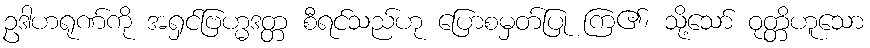
ဥဒါဟရုဏ်ကို အရှင်ဗြဟ္မဒတ္တ စီရင်သည်ဟု ပြောစမှတ်ပြု ကြ၏၊ သို့သော် ဝုတ္တိဟူသော